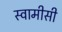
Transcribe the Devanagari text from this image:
स्वामीसी